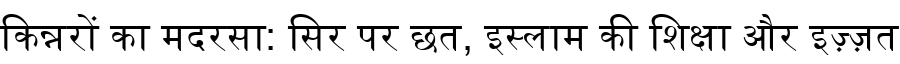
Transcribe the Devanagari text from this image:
किन्नरों का मदरसा: सिर पर छत, इस्लाम की शिक्षा और इज़्ज़त